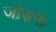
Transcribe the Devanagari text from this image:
जोड़ने।